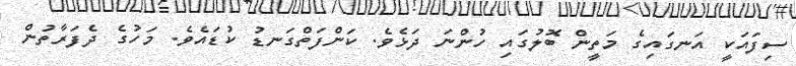
ސިފައަކީ އަނގައިގެ މަތީން ބޮލުގައި ހުންނަ ދަޅެވެ. ކަންފަތްގަނޑު ކުޑައެވެ. މަހުގެ ދެފަރާތުން